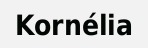
Kornélia